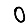
Digit: 0